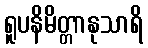
ရူပနိမိတ္တာနုသာရိ